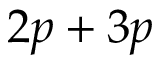
2 p + 3 p